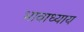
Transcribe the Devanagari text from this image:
भावाध्याय